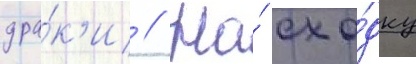
дра́к'и // На́ схо́дку